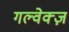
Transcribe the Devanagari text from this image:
गल्वेक्ज़